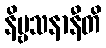
နိဗ္ဗသနာနီတိ